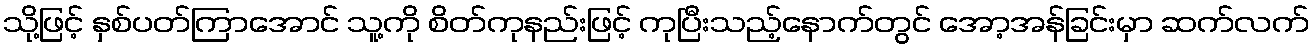
သို့ဖြင့် နှစ်ပတ်ကြာအောင် သူ့ကို စိတ်ကုနည်းဖြင့် ကုပြီးသည့်နောက်တွင် အော့အန်ခြင်းမှာ ဆက်လက်